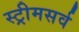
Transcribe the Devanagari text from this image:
स्ट्रीमसर्व